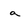
Character: a